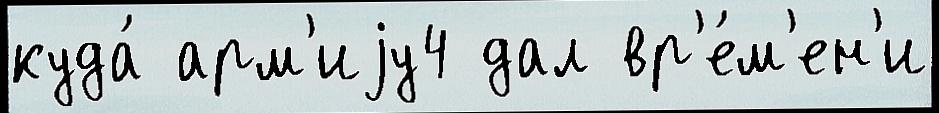
куда́ арм'иjу4 дал вр'е́м'ен'и